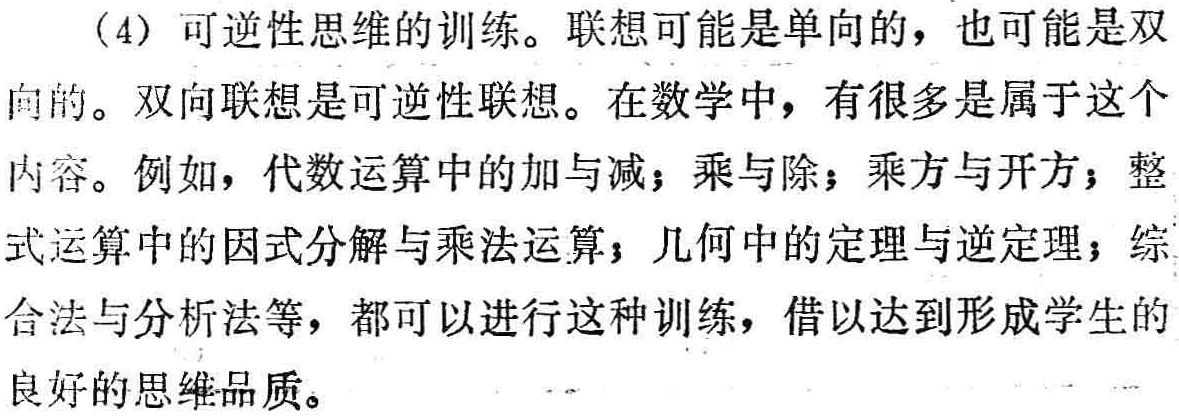
（4）可逆性思维的训练。联想可能是单向的，也可能是双向的。双向联想是可逆性联想。在数学中，有很多是属于这个内容。例如，代数运算中的加与减；乘与除；乘方与开方；整式运算中的因式分解与乘法运算；几何中的定理与逆定理；综合法与分析法等，都可以进行这种训练，借以达到形成学生的良好的思维品质。